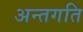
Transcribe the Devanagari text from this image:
अन्तगति